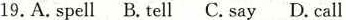
19.A.Spell B.Tell C.say D.Call